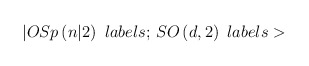
\begin{align*}|OSp\left( n|2\right) \,\,labels;\,SO\left( d,2\right) \,\,labels>\end{align*}